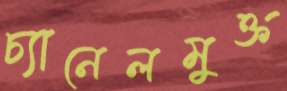
চ্যানেলমুক্ত